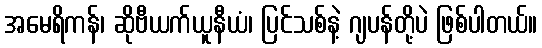
အမေရိကန်၊ ဆိုဗီယက်ယူနီယံ၊ ပြင်သစ်နဲ့ ဂျပန်တို့ပဲ ဖြစ်ပါတယ်။